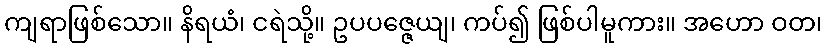
ကျရာဖြစ်သော။ နိရယံ၊ ငရဲသို့။ ဥပပဇ္ဇေယျ၊ ကပ်၍ ဖြစ်ပါမူကား။ အဟော ဝတ၊